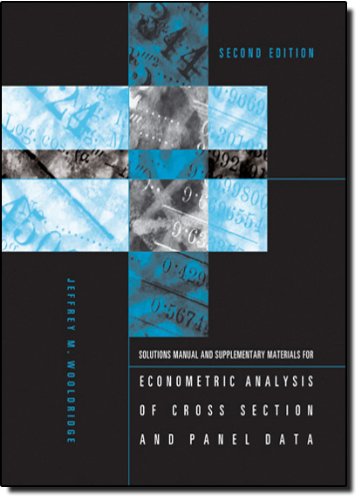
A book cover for Student's Solutions Manual and Supplementary Materials for                 Econometric Analysis of Cross Section and Panel Data; Jeffrey M Wooldridge; Business & Money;